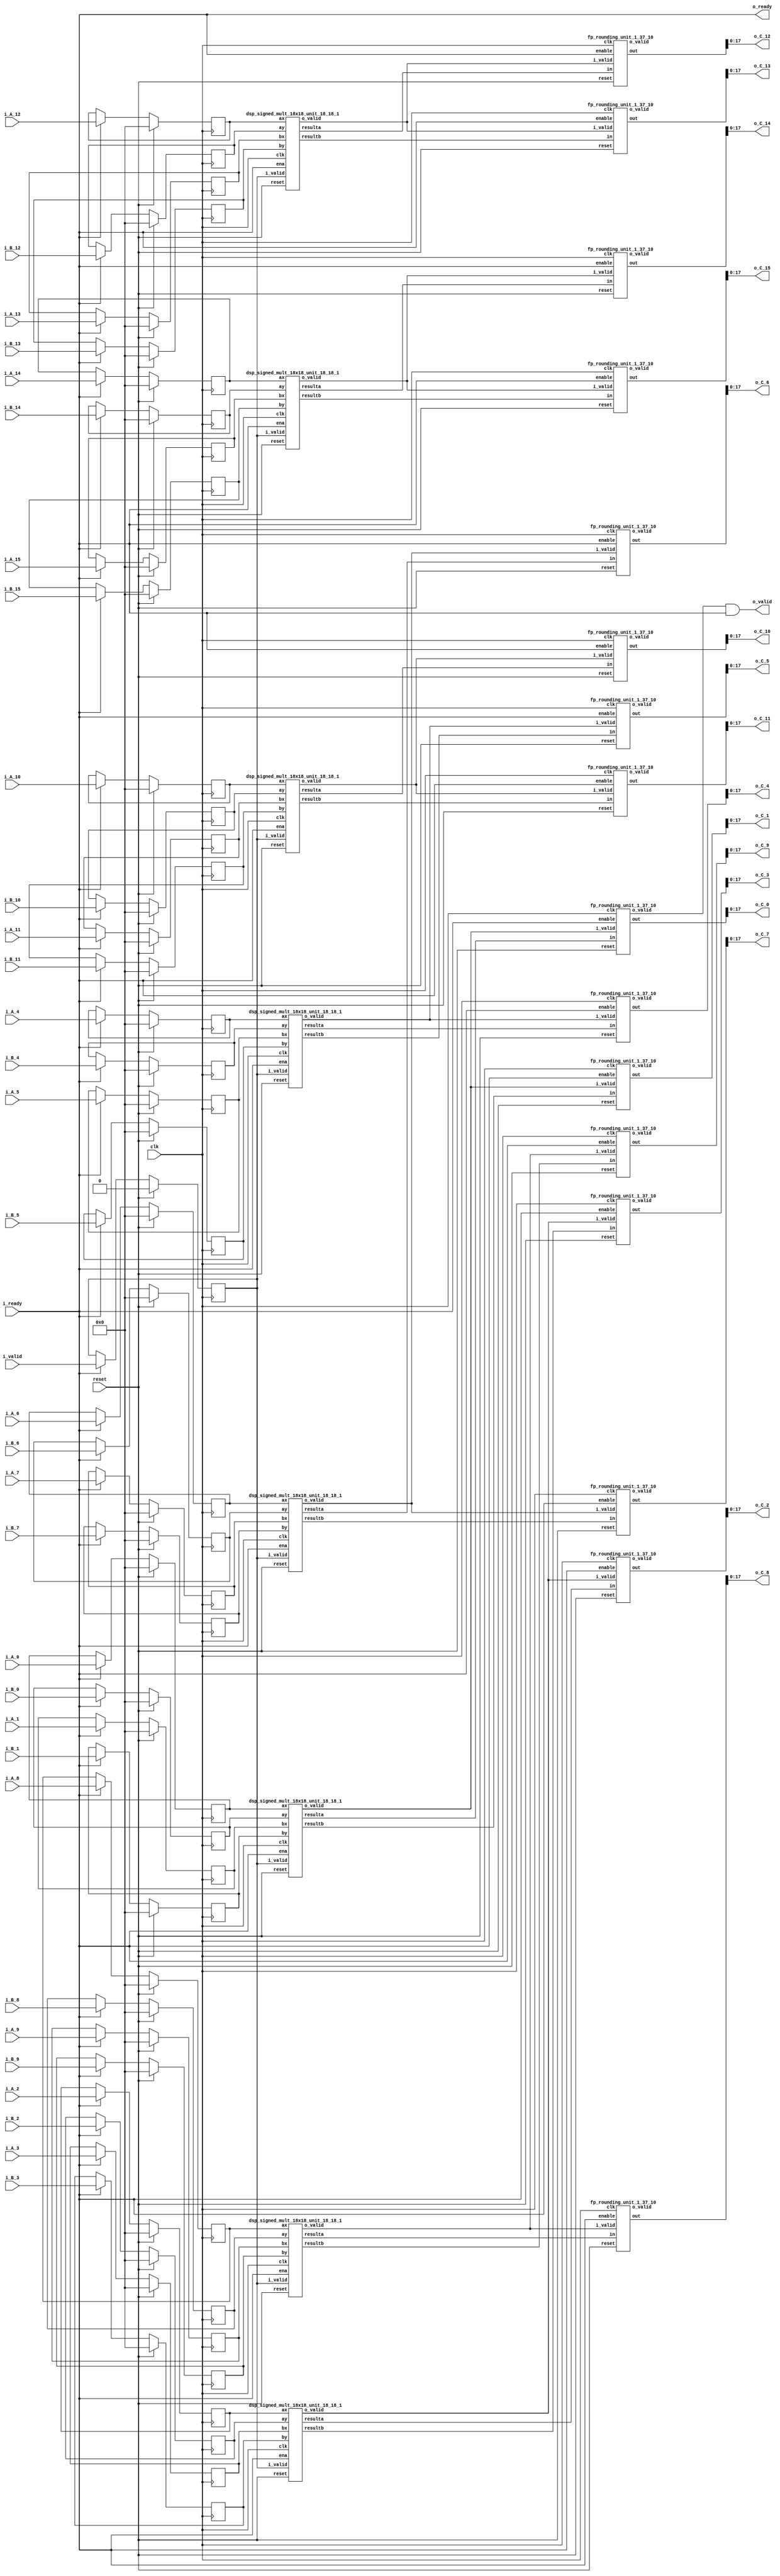
`define SIMULATION_MEMORY

module elementwise_mult_core_18_18_10_16_1 (
	input clk,
	input reset,
	input i_valid,
	input i_ready,
	input [17:0] i_A_0,
	input [17:0] i_B_0,
	output [17:0] o_C_0,
	input [17:0] i_A_1,
	input [17:0] i_B_1,
	output [17:0] o_C_1,
	input [17:0] i_A_2,
	input [17:0] i_B_2,
	output [17:0] o_C_2,
	input [17:0] i_A_3,
	input [17:0] i_B_3,
	output [17:0] o_C_3,
	input [17:0] i_A_4,
	input [17:0] i_B_4,
	output [17:0] o_C_4,
	input [17:0] i_A_5,
	input [17:0] i_B_5,
	output [17:0] o_C_5,
	input [17:0] i_A_6,
	input [17:0] i_B_6,
	output [17:0] o_C_6,
	input [17:0] i_A_7,
	input [17:0] i_B_7,
	output [17:0] o_C_7,
	input [17:0] i_A_8,
	input [17:0] i_B_8,
	output [17:0] o_C_8,
	input [17:0] i_A_9,
	input [17:0] i_B_9,
	output [17:0] o_C_9,
	input [17:0] i_A_10,
	input [17:0] i_B_10,
	output [17:0] o_C_10,
	input [17:0] i_A_11,
	input [17:0] i_B_11,
	output [17:0] o_C_11,
	input [17:0] i_A_12,
	input [17:0] i_B_12,
	output [17:0] o_C_12,
	input [17:0] i_A_13,
	input [17:0] i_B_13,
	output [17:0] o_C_13,
	input [17:0] i_A_14,
	input [17:0] i_B_14,
	output [17:0] o_C_14,
	input [17:0] i_A_15,
	input [17:0] i_B_15,
	output [17:0] o_C_15,
	output o_valid,
	output o_ready
);

// Store inputs and outputs in registers
reg [17:0] reg_A_0;
reg [17:0] reg_B_0;
wire [17:0] reg_C_0;
reg [17:0] reg_A_1;
reg [17:0] reg_B_1;
wire [17:0] reg_C_1;
reg [17:0] reg_A_2;
reg [17:0] reg_B_2;
wire [17:0] reg_C_2;
reg [17:0] reg_A_3;
reg [17:0] reg_B_3;
wire [17:0] reg_C_3;
reg [17:0] reg_A_4;
reg [17:0] reg_B_4;
wire [17:0] reg_C_4;
reg [17:0] reg_A_5;
reg [17:0] reg_B_5;
wire [17:0] reg_C_5;
reg [17:0] reg_A_6;
reg [17:0] reg_B_6;
wire [17:0] reg_C_6;
reg [17:0] reg_A_7;
reg [17:0] reg_B_7;
wire [17:0] reg_C_7;
reg [17:0] reg_A_8;
reg [17:0] reg_B_8;
wire [17:0] reg_C_8;
reg [17:0] reg_A_9;
reg [17:0] reg_B_9;
wire [17:0] reg_C_9;
reg [17:0] reg_A_10;
reg [17:0] reg_B_10;
wire [17:0] reg_C_10;
reg [17:0] reg_A_11;
reg [17:0] reg_B_11;
wire [17:0] reg_C_11;
reg [17:0] reg_A_12;
reg [17:0] reg_B_12;
wire [17:0] reg_C_12;
reg [17:0] reg_A_13;
reg [17:0] reg_B_13;
wire [17:0] reg_C_13;
reg [17:0] reg_A_14;
reg [17:0] reg_B_14;
wire [17:0] reg_C_14;
reg [17:0] reg_A_15;
reg [17:0] reg_B_15;
wire [17:0] reg_C_15;

reg valid_A_B;
wire valid_C;
wire enable;
assign enable = i_ready;

wire mult_valid_0;
wire round_valid_0;
wire [36:0] mult_C_0;
wire [36:0] rounded_C_0;
wire mult_valid_1;
wire round_valid_1;
wire [36:0] mult_C_1;
wire [36:0] rounded_C_1;
wire mult_valid_2;
wire round_valid_2;
wire [36:0] mult_C_2;
wire [36:0] rounded_C_2;
wire mult_valid_3;
wire round_valid_3;
wire [36:0] mult_C_3;
wire [36:0] rounded_C_3;
wire mult_valid_4;
wire round_valid_4;
wire [36:0] mult_C_4;
wire [36:0] rounded_C_4;
wire mult_valid_5;
wire round_valid_5;
wire [36:0] mult_C_5;
wire [36:0] rounded_C_5;
wire mult_valid_6;
wire round_valid_6;
wire [36:0] mult_C_6;
wire [36:0] rounded_C_6;
wire mult_valid_7;
wire round_valid_7;
wire [36:0] mult_C_7;
wire [36:0] rounded_C_7;
wire mult_valid_8;
wire round_valid_8;
wire [36:0] mult_C_8;
wire [36:0] rounded_C_8;
wire mult_valid_9;
wire round_valid_9;
wire [36:0] mult_C_9;
wire [36:0] rounded_C_9;
wire mult_valid_10;
wire round_valid_10;
wire [36:0] mult_C_10;
wire [36:0] rounded_C_10;
wire mult_valid_11;
wire round_valid_11;
wire [36:0] mult_C_11;
wire [36:0] rounded_C_11;
wire mult_valid_12;
wire round_valid_12;
wire [36:0] mult_C_12;
wire [36:0] rounded_C_12;
wire mult_valid_13;
wire round_valid_13;
wire [36:0] mult_C_13;
wire [36:0] rounded_C_13;
wire mult_valid_14;
wire round_valid_14;
wire [36:0] mult_C_14;
wire [36:0] rounded_C_14;
wire mult_valid_15;
wire round_valid_15;
wire [36:0] mult_C_15;
wire [36:0] rounded_C_15;

dsp_signed_mult_18x18_unit_18_18_1 dsp_signed_mult_18x18_unit_18_18_1_inst0 (
	.clk(clk),
	.reset(reset),
	.ena(enable),
	.i_valid(valid_A_B),
	.ax(reg_A_0),
	.ay(reg_B_0),
	.bx(reg_A_1),
	.by(reg_B_1),
	.o_valid(mult_valid_0),
	.resulta(mult_C_0),
	.resultb(mult_C_1)
);
assign mult_valid_1 = mult_valid_0;
dsp_signed_mult_18x18_unit_18_18_1 dsp_signed_mult_18x18_unit_18_18_1_inst2 (
	.clk(clk),
	.reset(reset),
	.ena(enable),
	.i_valid(valid_A_B),
	.ax(reg_A_2),
	.ay(reg_B_2),
	.bx(reg_A_3),
	.by(reg_B_3),
	.o_valid(mult_valid_2),
	.resulta(mult_C_2),
	.resultb(mult_C_3)
);
assign mult_valid_3 = mult_valid_2;
dsp_signed_mult_18x18_unit_18_18_1 dsp_signed_mult_18x18_unit_18_18_1_inst4 (
	.clk(clk),
	.reset(reset),
	.ena(enable),
	.i_valid(valid_A_B),
	.ax(reg_A_4),
	.ay(reg_B_4),
	.bx(reg_A_5),
	.by(reg_B_5),
	.o_valid(mult_valid_4),
	.resulta(mult_C_4),
	.resultb(mult_C_5)
);
assign mult_valid_5 = mult_valid_4;
dsp_signed_mult_18x18_unit_18_18_1 dsp_signed_mult_18x18_unit_18_18_1_inst6 (
	.clk(clk),
	.reset(reset),
	.ena(enable),
	.i_valid(valid_A_B),
	.ax(reg_A_6),
	.ay(reg_B_6),
	.bx(reg_A_7),
	.by(reg_B_7),
	.o_valid(mult_valid_6),
	.resulta(mult_C_6),
	.resultb(mult_C_7)
);
assign mult_valid_7 = mult_valid_6;
dsp_signed_mult_18x18_unit_18_18_1 dsp_signed_mult_18x18_unit_18_18_1_inst8 (
	.clk(clk),
	.reset(reset),
	.ena(enable),
	.i_valid(valid_A_B),
	.ax(reg_A_8),
	.ay(reg_B_8),
	.bx(reg_A_9),
	.by(reg_B_9),
	.o_valid(mult_valid_8),
	.resulta(mult_C_8),
	.resultb(mult_C_9)
);
assign mult_valid_9 = mult_valid_8;
dsp_signed_mult_18x18_unit_18_18_1 dsp_signed_mult_18x18_unit_18_18_1_inst10 (
	.clk(clk),
	.reset(reset),
	.ena(enable),
	.i_valid(valid_A_B),
	.ax(reg_A_10),
	.ay(reg_B_10),
	.bx(reg_A_11),
	.by(reg_B_11),
	.o_valid(mult_valid_10),
	.resulta(mult_C_10),
	.resultb(mult_C_11)
);
assign mult_valid_11 = mult_valid_10;
dsp_signed_mult_18x18_unit_18_18_1 dsp_signed_mult_18x18_unit_18_18_1_inst12 (
	.clk(clk),
	.reset(reset),
	.ena(enable),
	.i_valid(valid_A_B),
	.ax(reg_A_12),
	.ay(reg_B_12),
	.bx(reg_A_13),
	.by(reg_B_13),
	.o_valid(mult_valid_12),
	.resulta(mult_C_12),
	.resultb(mult_C_13)
);
assign mult_valid_13 = mult_valid_12;
dsp_signed_mult_18x18_unit_18_18_1 dsp_signed_mult_18x18_unit_18_18_1_inst14 (
	.clk(clk),
	.reset(reset),
	.ena(enable),
	.i_valid(valid_A_B),
	.ax(reg_A_14),
	.ay(reg_B_14),
	.bx(reg_A_15),
	.by(reg_B_15),
	.o_valid(mult_valid_14),
	.resulta(mult_C_14),
	.resultb(mult_C_15)
);
assign mult_valid_15 = mult_valid_14;
fp_rounding_unit_1_37_10 fp_rounding_unit_1_37_10_inst0 (
	.clk(clk),
	.reset(reset),
	.enable(enable),
	.i_valid(mult_valid_0),
	.in(mult_C_0),
	.o_valid(round_valid_0),
	.out(rounded_C_0)
);
assign reg_C_0 = rounded_C_0;
fp_rounding_unit_1_37_10 fp_rounding_unit_1_37_10_inst1 (
	.clk(clk),
	.reset(reset),
	.enable(enable),
	.i_valid(mult_valid_1),
	.in(mult_C_1),
	.o_valid(round_valid_1),
	.out(rounded_C_1)
);
assign reg_C_1 = rounded_C_1;
fp_rounding_unit_1_37_10 fp_rounding_unit_1_37_10_inst2 (
	.clk(clk),
	.reset(reset),
	.enable(enable),
	.i_valid(mult_valid_2),
	.in(mult_C_2),
	.o_valid(round_valid_2),
	.out(rounded_C_2)
);
assign reg_C_2 = rounded_C_2;
fp_rounding_unit_1_37_10 fp_rounding_unit_1_37_10_inst3 (
	.clk(clk),
	.reset(reset),
	.enable(enable),
	.i_valid(mult_valid_3),
	.in(mult_C_3),
	.o_valid(round_valid_3),
	.out(rounded_C_3)
);
assign reg_C_3 = rounded_C_3;
fp_rounding_unit_1_37_10 fp_rounding_unit_1_37_10_inst4 (
	.clk(clk),
	.reset(reset),
	.enable(enable),
	.i_valid(mult_valid_4),
	.in(mult_C_4),
	.o_valid(round_valid_4),
	.out(rounded_C_4)
);
assign reg_C_4 = rounded_C_4;
fp_rounding_unit_1_37_10 fp_rounding_unit_1_37_10_inst5 (
	.clk(clk),
	.reset(reset),
	.enable(enable),
	.i_valid(mult_valid_5),
	.in(mult_C_5),
	.o_valid(round_valid_5),
	.out(rounded_C_5)
);
assign reg_C_5 = rounded_C_5;
fp_rounding_unit_1_37_10 fp_rounding_unit_1_37_10_inst6 (
	.clk(clk),
	.reset(reset),
	.enable(enable),
	.i_valid(mult_valid_6),
	.in(mult_C_6),
	.o_valid(round_valid_6),
	.out(rounded_C_6)
);
assign reg_C_6 = rounded_C_6;
fp_rounding_unit_1_37_10 fp_rounding_unit_1_37_10_inst7 (
	.clk(clk),
	.reset(reset),
	.enable(enable),
	.i_valid(mult_valid_7),
	.in(mult_C_7),
	.o_valid(round_valid_7),
	.out(rounded_C_7)
);
assign reg_C_7 = rounded_C_7;
fp_rounding_unit_1_37_10 fp_rounding_unit_1_37_10_inst8 (
	.clk(clk),
	.reset(reset),
	.enable(enable),
	.i_valid(mult_valid_8),
	.in(mult_C_8),
	.o_valid(round_valid_8),
	.out(rounded_C_8)
);
assign reg_C_8 = rounded_C_8;
fp_rounding_unit_1_37_10 fp_rounding_unit_1_37_10_inst9 (
	.clk(clk),
	.reset(reset),
	.enable(enable),
	.i_valid(mult_valid_9),
	.in(mult_C_9),
	.o_valid(round_valid_9),
	.out(rounded_C_9)
);
assign reg_C_9 = rounded_C_9;
fp_rounding_unit_1_37_10 fp_rounding_unit_1_37_10_inst10 (
	.clk(clk),
	.reset(reset),
	.enable(enable),
	.i_valid(mult_valid_10),
	.in(mult_C_10),
	.o_valid(round_valid_10),
	.out(rounded_C_10)
);
assign reg_C_10 = rounded_C_10;
fp_rounding_unit_1_37_10 fp_rounding_unit_1_37_10_inst11 (
	.clk(clk),
	.reset(reset),
	.enable(enable),
	.i_valid(mult_valid_11),
	.in(mult_C_11),
	.o_valid(round_valid_11),
	.out(rounded_C_11)
);
assign reg_C_11 = rounded_C_11;
fp_rounding_unit_1_37_10 fp_rounding_unit_1_37_10_inst12 (
	.clk(clk),
	.reset(reset),
	.enable(enable),
	.i_valid(mult_valid_12),
	.in(mult_C_12),
	.o_valid(round_valid_12),
	.out(rounded_C_12)
);
assign reg_C_12 = rounded_C_12;
fp_rounding_unit_1_37_10 fp_rounding_unit_1_37_10_inst13 (
	.clk(clk),
	.reset(reset),
	.enable(enable),
	.i_valid(mult_valid_13),
	.in(mult_C_13),
	.o_valid(round_valid_13),
	.out(rounded_C_13)
);
assign reg_C_13 = rounded_C_13;
fp_rounding_unit_1_37_10 fp_rounding_unit_1_37_10_inst14 (
	.clk(clk),
	.reset(reset),
	.enable(enable),
	.i_valid(mult_valid_14),
	.in(mult_C_14),
	.o_valid(round_valid_14),
	.out(rounded_C_14)
);
assign reg_C_14 = rounded_C_14;
fp_rounding_unit_1_37_10 fp_rounding_unit_1_37_10_inst15 (
	.clk(clk),
	.reset(reset),
	.enable(enable),
	.i_valid(mult_valid_15),
	.in(mult_C_15),
	.o_valid(round_valid_15),
	.out(rounded_C_15)
);
assign reg_C_15 = rounded_C_15;
always @ (posedge clk) begin
	if (reset) begin
		valid_A_B <= 1'b0;
		reg_A_0 <= 0;
		reg_B_0 <= 0;
		reg_A_1 <= 0;
		reg_B_1 <= 0;
		reg_A_2 <= 0;
		reg_B_2 <= 0;
		reg_A_3 <= 0;
		reg_B_3 <= 0;
		reg_A_4 <= 0;
		reg_B_4 <= 0;
		reg_A_5 <= 0;
		reg_B_5 <= 0;
		reg_A_6 <= 0;
		reg_B_6 <= 0;
		reg_A_7 <= 0;
		reg_B_7 <= 0;
		reg_A_8 <= 0;
		reg_B_8 <= 0;
		reg_A_9 <= 0;
		reg_B_9 <= 0;
		reg_A_10 <= 0;
		reg_B_10 <= 0;
		reg_A_11 <= 0;
		reg_B_11 <= 0;
		reg_A_12 <= 0;
		reg_B_12 <= 0;
		reg_A_13 <= 0;
		reg_B_13 <= 0;
		reg_A_14 <= 0;
		reg_B_14 <= 0;
		reg_A_15 <= 0;
		reg_B_15 <= 0;
	end else if (enable) begin
		reg_A_0 <= i_A_0;
		reg_B_0 <= i_B_0;
		reg_A_1 <= i_A_1;
		reg_B_1 <= i_B_1;
		reg_A_2 <= i_A_2;
		reg_B_2 <= i_B_2;
		reg_A_3 <= i_A_3;
		reg_B_3 <= i_B_3;
		reg_A_4 <= i_A_4;
		reg_B_4 <= i_B_4;
		reg_A_5 <= i_A_5;
		reg_B_5 <= i_B_5;
		reg_A_6 <= i_A_6;
		reg_B_6 <= i_B_6;
		reg_A_7 <= i_A_7;
		reg_B_7 <= i_B_7;
		reg_A_8 <= i_A_8;
		reg_B_8 <= i_B_8;
		reg_A_9 <= i_A_9;
		reg_B_9 <= i_B_9;
		reg_A_10 <= i_A_10;
		reg_B_10 <= i_B_10;
		reg_A_11 <= i_A_11;
		reg_B_11 <= i_B_11;
		reg_A_12 <= i_A_12;
		reg_B_12 <= i_B_12;
		reg_A_13 <= i_A_13;
		reg_B_13 <= i_B_13;
		reg_A_14 <= i_A_14;
		reg_B_14 <= i_B_14;
		reg_A_15 <= i_A_15;
		reg_B_15 <= i_B_15;
		valid_A_B <= i_valid;
	end
end

assign o_C_0 = reg_C_0;
assign o_C_1 = reg_C_1;
assign o_C_2 = reg_C_2;
assign o_C_3 = reg_C_3;
assign o_C_4 = reg_C_4;
assign o_C_5 = reg_C_5;
assign o_C_6 = reg_C_6;
assign o_C_7 = reg_C_7;
assign o_C_8 = reg_C_8;
assign o_C_9 = reg_C_9;
assign o_C_10 = reg_C_10;
assign o_C_11 = reg_C_11;
assign o_C_12 = reg_C_12;
assign o_C_13 = reg_C_13;
assign o_C_14 = reg_C_14;
assign o_C_15 = reg_C_15;
assign valid_C = round_valid_0;
assign o_ready = i_ready;
assign o_valid = valid_C & i_ready;

endmodule

module dsp_signed_mult_18x18_unit_18_18_1 (
	input clk,
	input reset,
	input ena,
	input i_valid,
	input [17:0] ax,
	input [17:0] ay,
	input [17:0] bx,
	input [17:0] by,
	output o_valid,
	output [36:0] resulta,
	output [36:0] resultb 
);

reg [17:0] reg_ax, reg_ay, reg_bx, reg_by;
reg [36:0] reg_resa, reg_resb;
always @(posedge clk) begin
	if (reset) begin
		reg_ax <= 0;
		reg_ay <= 0;
		reg_bx <= 0;
		reg_by <= 0;
		reg_resa <= 0;
		reg_resb <= 0;
	end else if (ena) begin
		reg_ax <= ax;
		reg_ay <= ay;
		reg_bx <= bx;
		reg_by <= by;
		reg_resa <= reg_ax * reg_ay;
		reg_resb <= reg_bx * reg_by;
	end
end

assign resulta = reg_resa;
assign resultb = reg_resb;
reg input_valid, result_valid, output_valid;
always @ (posedge clk) begin
	if (reset) begin
		output_valid <= 1'b0;
		input_valid <= 1'b0;
		result_valid <= 1'b0;
	end else if (ena) begin
		input_valid <= i_valid;
		result_valid <= input_valid;
		output_valid <= result_valid;
	end
end
assign o_valid = output_valid;

endmodule

module fp_rounding_unit_1_37_10 (
	input clk,
	input reset,
	input enable,
	input i_valid,
	input [36:0] in,
	output [36:0] out,
	output o_valid
);

reg [36:0] rounded_result;
reg [36:0] floor;
reg [36:0] ceil;
reg is_ceil;
reg floor_ceil_valid;

always @ (*) begin
	if (is_ceil) begin
		rounded_result = ceil;
	end else begin
		rounded_result = floor;
	end
end

reg valid_reg;
reg [36:0] out_reg;
always @ (posedge clk) begin
	if (reset) begin
		is_ceil <= 1'b0;
		floor_ceil_valid <= 1'b0;
		valid_reg <= 1'b0;
		floor <= 0;
		ceil <= 0;
		out_reg <= 0;
	end else if (enable) begin
		is_ceil <= in[9];
		floor <= in >>> 10;
		ceil <= (in >>> 10) + 1;
		floor_ceil_valid <= i_valid;
		out_reg <= rounded_result;
		valid_reg <= floor_ceil_valid;
	end
end

assign o_valid = valid_reg;

assign out = out_reg;

endmodule